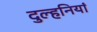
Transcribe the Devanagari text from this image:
दुल्हनियां